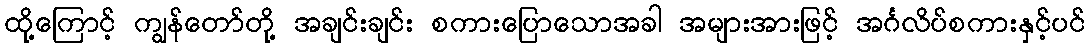
ထို့ကြောင့် ကျွန်တော်တို့ အချင်းချင်း စကားပြောသောအခါ အများအားဖြင့် အင်္ဂလိပ်စကားနှင့်ပင်